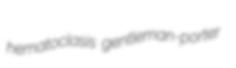
hematoclasis gentleman-porter